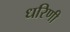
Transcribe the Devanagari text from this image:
धरिणी